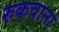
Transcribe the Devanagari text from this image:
रुकवाना